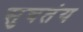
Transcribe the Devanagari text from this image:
सुचतंय